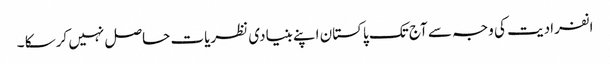
انفرادیت کی وجہ سے آج تک پاکستان اپنے بنیادی نظریات حاصل نہیں کرسکا ۔